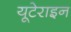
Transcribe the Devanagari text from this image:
यूटेराइन